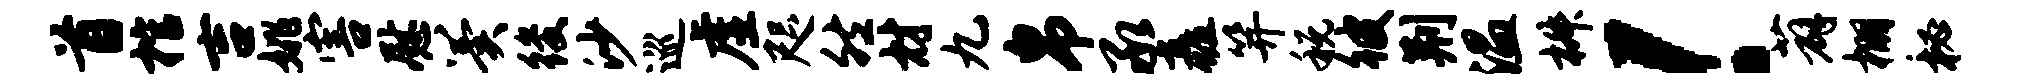
首棺吉姚害慰翼後沙巡虚咫然材九帛承矗笄税彼荆温椒！薜棚秘